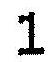
1